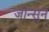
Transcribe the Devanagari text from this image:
जान्सुन